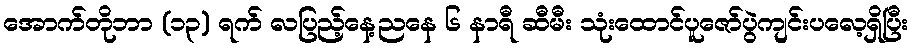
အောက်တိုဘာ (၁၃) ရက် လပြည့်နေ့ညနေ ၆ နာရီ ဆီမီး သုံးထောင်ပူဇော်ပွဲကျင်းပလေ့ရှိပြီး